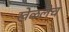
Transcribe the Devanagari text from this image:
खेळलेच